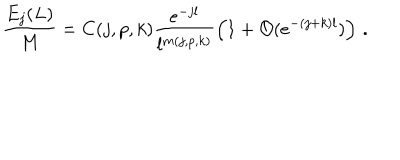
\frac { E _ { j } ( L ) } { M } = C ( j , p , k ) \frac { e ^ { - j l } } { l ^ { m ( j , p , k ) } } \left( 1 + { \mathcal { O } } ( e ^ { - ( j + k ) l } ) \right) \, .